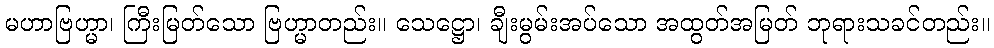
မဟာဗြဟ္မာ၊ ကြီးမြတ်သော ဗြဟ္မာတည်း။ သေဋ္ဌော၊ ချီးမွမ်းအပ်သော အထွတ်အမြတ် ဘုရားသခင်တည်း။